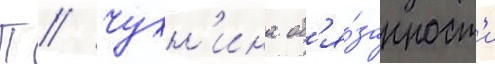
П // Чухн'ина об'я́занност'и